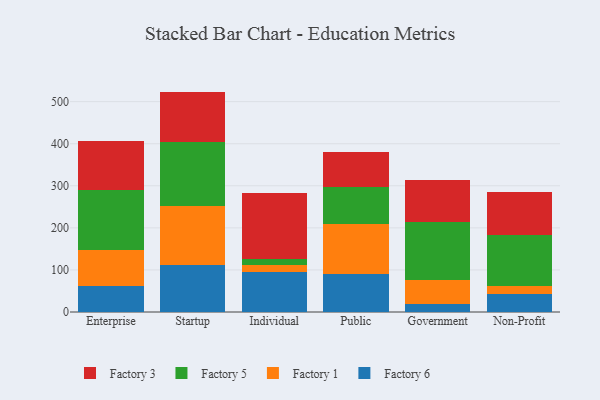
{"axis": {"x": "Segment", "y": "Satisfaction Score"}, "legend": ["Factory 1", "Factory 3", "Factory 5", "Factory 6"], "data": [{"x": "Enterprise", "y": 62.0, "type": "Factory 6"}, {"x": "Enterprise", "y": 84.7, "type": "Factory 1"}, {"x": "Enterprise", "y": 142.9, "type": "Factory 5"}, {"x": "Enterprise", "y": 118.0, "type": "Factory 3"}, {"x": "Startup", "y": 112.6, "type": "Factory 6"}, {"x": "Startup", "y": 139.3, "type": "Factory 1"}, {"x": "Startup", "y": 153.1, "type": "Factory 5"}, {"x": "Startup", "y": 118.9, "type": "Factory 3"}, {"x": "Individual", "y": 96.0, "type": "Factory 6"}, {"x": "Individual", "y": 16.6, "type": "Factory 1"}, {"x": "Individual", "y": 12.7, "type": "Factory 5"}, {"x": "Individual", "y": 158.1, "type": "Factory 3"}, {"x": "Public", "y": 89.2, "type": "Factory 6"}, {"x": "Public", "y": 119.7, "type": "Factory 1"}, {"x": "Public", "y": 87.5, "type": "Factory 5"}, {"x": "Public", "y": 84.4, "type": "Factory 3"}, {"x": "Government", "y": 19.1, "type": "Factory 6"}, {"x": "Government", "y": 58.1, "type": "Factory 1"}, {"x": "Government", "y": 137.2, "type": "Factory 5"}, {"x": "Government", "y": 98.5, "type": "Factory 3"}, {"x": "Non-Profit", "y": 41.8, "type": "Factory 6"}, {"x": "Non-Profit", "y": 20.0, "type": "Factory 1"}, {"x": "Non-Profit", "y": 121.5, "type": "Factory 5"}, {"x": "Non-Profit", "y": 102.6, "type": "Factory 3"}]}